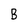
Character: B